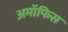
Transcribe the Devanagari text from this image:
अमॉफिस